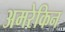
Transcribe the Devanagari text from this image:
अमरेकिन